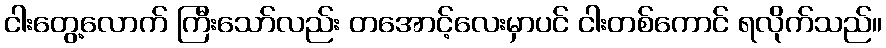
ငါးတွေ့လောက် ကြီးသော်လည်း တအောင့်လေးမှာပင် ငါးတစ်ကောင် ရလိုက်သည်။